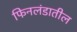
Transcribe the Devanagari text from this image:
फिनलंडातील